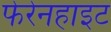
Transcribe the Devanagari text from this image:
फेरेनहाइट